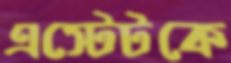
এস্টেটকে